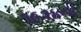
૧૯૨૪ની